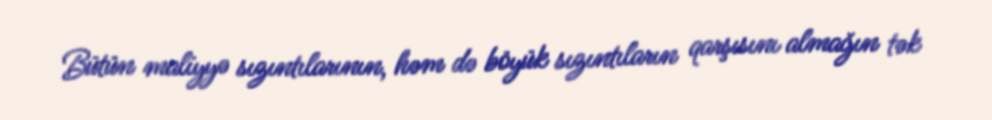
Bütün maliyyə sızıntılarının, həm də böyük sızıntıların qarşısını almağın tək